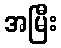
အမြီး